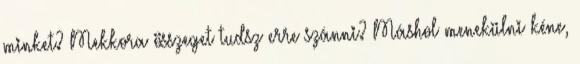
minket? Mekkora összeget tudsz erre szánni? Máshol menekülni kéne,